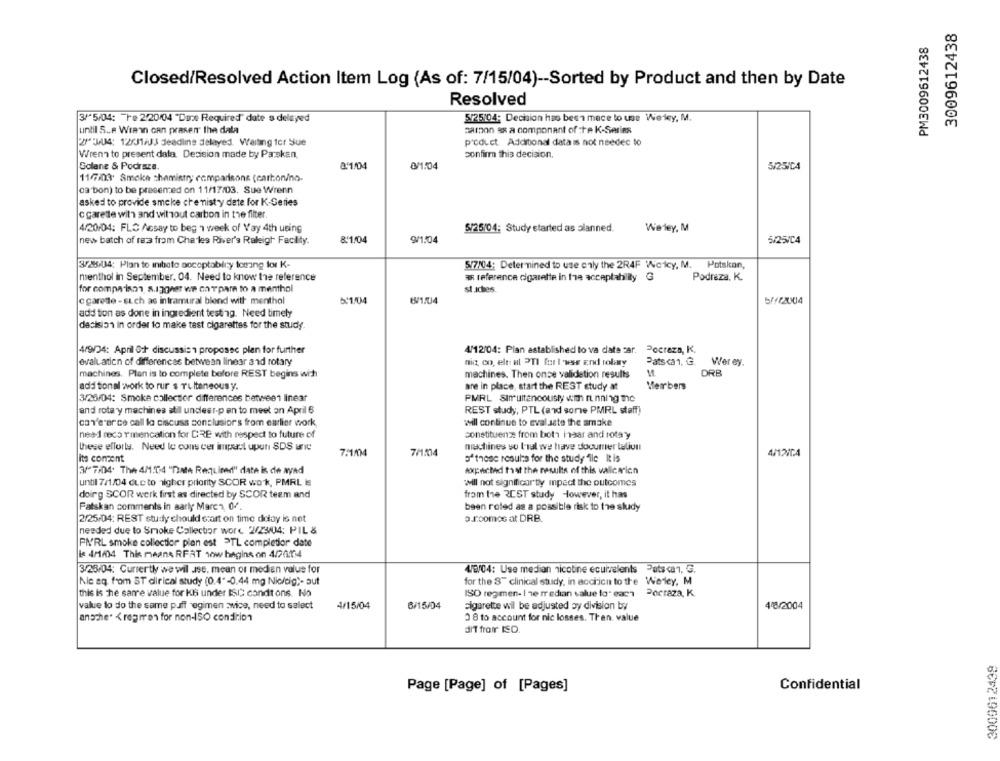
3009612438
PM3009612438
Closed/Resolved Action Item Log (As of: 7/15/04) -- Sorted by Product and then by Date
Resolved
3/5/04: re 2/20/04 "Date Required" date a delayed
5/25/04: Decision has been mace to use Werley, M.
aaron as a component of the K-Series
until S ... WIR'n can praRen" the dala
21"JA4: 12KJ1/J3 deadline delayed. Waiting for Sue
product Additional data is not needec to
confirm this decision.
Wrenn to present dala. Decision made by Paskan.
Golane & Podraza.
8º1/04
8/1/04
5/25/C4
11/7/03 Smoke chemistry comparisons (carton/no-
ca bon) to be presented on 11/17/03. Sue Wrenn
asked to provide smoke che misty date for K-Series
c carette with and without carbon in the filter
4/20/04: FLO Assay to beg 1 week of Vay 4th using
5/25/04: Study started as planned.
Werley, M
new batch of res from Charles River's Raleigh Facility.
8:1/04
9/1/04
5/25/04
3/28/034: Plan to ınıbate acceptability tomang for K-
5/7/04: Determined to use caly the 2R4F 'Ncicy, M. Potskan,
menthol in September, 04. Need to know the reference
ax reference cigarette in the acceptability G
Podreza. K.
for comparison, s.igghet we carpare to a menthol
st.iches.
c garette - EL.ch as intramural blend with menthal
5.1/04
6/1/04
add tion as done in ingredient testing. Need timely
decision in order to make tast cigarettes for the study
4/9/34: April O+ discussie1 proposec plen for further
4/12/04: Plan established to va date car.
Poctaza, K.
evaluation of differences between linear and rotary
nic co, elt: al PTI for l'use End rolary
Pats ca1, G.
Wer ey.
machines. Plan is to complete before REST begins with
machines. Then onse validetion results
M
DRB
add tional work to rur s Tilteneous y.
are in place, start the REST study at
Merbers
3/25/04: Smoke collector differences between linear
PMRL Simultaneously wm running ne
and rota y machines atill undleer-pan to meet on April 6
REST study, PTL (and some PMRL staff)
can'e'er ce call lo ciscuss sonslusiors from earlier work,
will continue to eval sate the smake
need recs Ymencation for DRE with respect to future of
constituena from both haar and rota y
these efforts. Need lo cons cer impact uput SDS anc
machines vo l'al we have documner teliun
7:1/04
4/12/14
its content
a" these results for the study"ile It is
3/ 7/04. The 4/1.04 "Date Required" date is de ayad
expected that the results of this valicarien
until 7/1/04 dueto algher priority SCOR wok, PMRL Is
Will not significarty mpect the outcomes
doing SCOR werk first as directed by SCOR teem and
from the REST study However, it has
Fatskan comments in sarly Marca, 04.
been roled as a possible risk to the study
2/25/04: REST study chould start on time delay is net
o.r.comos at DRB.
needed due to Smoke Collector word 2/23/04: PIL &
PM'RL smoke collection plan est 3TL completior date
Le 4/1/04 This means RFAT 1ow hagins on 4/20134
3/28/04: Currently we will se, mean or medien value for
4/8/04: Use median nicotine ecuivalents Puts can, G.
Nic aq. from ST dirical study (0.4"-0.44 mg Nie/dig)- aut
for the S" clinical study, in acchion to the Werdey, M
this is the same value for ki under ISIC condt ons. No
ISO regimen- I ze median value to" each Pocraza, K.
value to do the same puff regimen :wice, need to salect
4/15/04
6/15/04
cigarette wil be adjusted by division by
4/8/2004
ansthe. < regres for non-ISO condition
0 8 to account for nic losses. Then. value
diT from IED.
3009612439
Confidential
Page [Page] of [Pages]